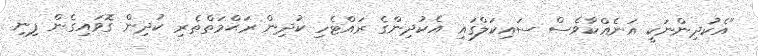
"އެކުދިންނަކީ އަނެއްކާވެސް ސައިކަލްގައި އެކުދިންގެ ރައްޓެހި ކުދިން ރަޙްމަތްތެރި ކުދިން ގޮވައިގެން ފިނި